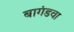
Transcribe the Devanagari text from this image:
बागंडवा